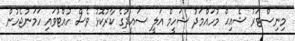
މިނިސްޓަރު ޝެއިޙް މުހައްމަދު ޝަހީމް އަލީ ސައީދުގެ ކާރުކޮޅު ވެސް ހުއްޓުވައި ހަމަނުޖެހުން